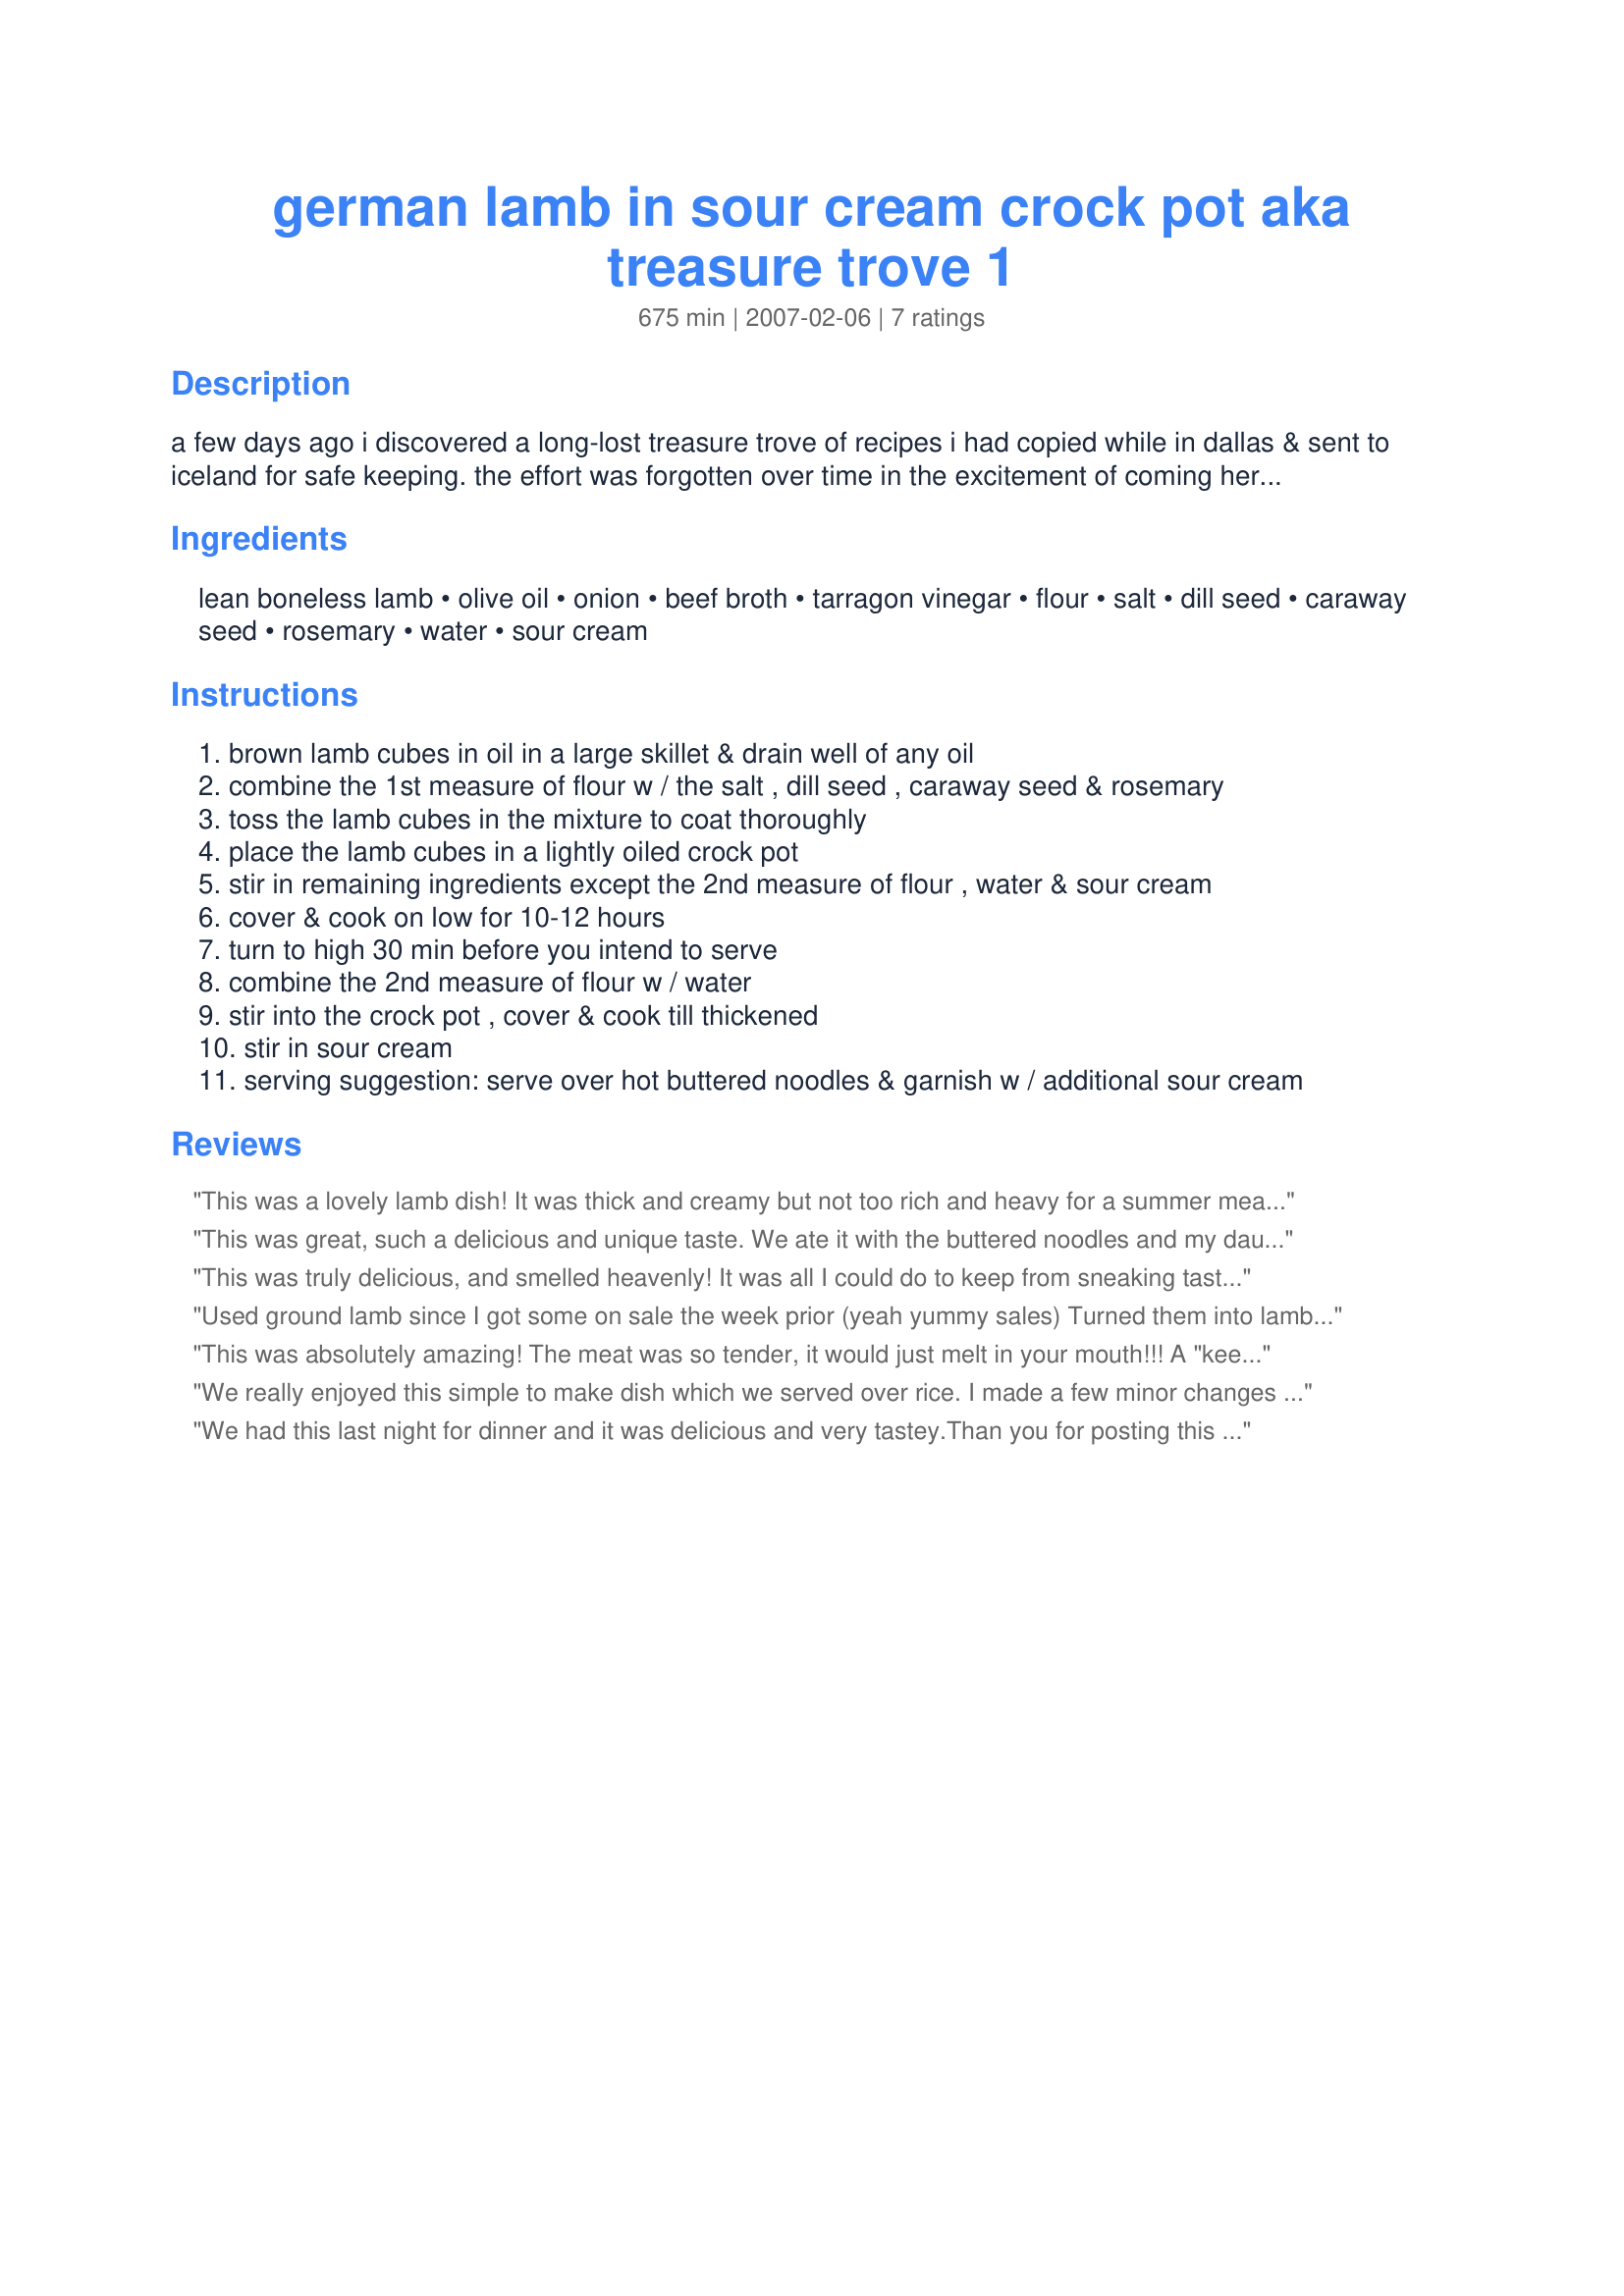
german lamb in sour cream crock pot aka treasure trove 1
Preparation time: 675 minutes

a few days ago i discovered a long-lost treasure trove of recipes i had copied while in dallas & sent to iceland for safe keeping. the effort was forgotten over time in the excitement of coming here & dh hid them so safely that it was nearly 4 yrs b4 i found them & realized what they were. in my pre-rz cooking phase, i used 3 main recipe sources. my best guess is this may have been a food network recipe & i will be guessing w/ea i enter. this is treasure trove #1 & was chosen because i love lamb, german fare & using my crock pot often. enjoy! (# of servings & times have been estimated)

Ingredients:
lean boneless lamb, olive oil, onion, beef broth, tarragon vinegar, flour, salt, dill seed, caraway seed, rosemary, water, sour cream

Steps:
brown lamb cubes in oil in a large skillet & drain well of any oil
combine the 1st measure of flour w / the salt , dill seed , caraway seed & rosemary
toss the lamb cubes in the mixture to coat thoroughly
place the lamb cubes in a lightly oiled crock pot
stir in remaining ingredients except the 2nd measure of flour , water & sour cream
cover & cook on low for 10-12 hours
turn to high 30 min before you intend to serve
combine the 2nd measure of flour w / water
stir into the crock pot , cover & cook till thickened
stir in sour cream
serving suggestion: serve over hot buttered noodles & garnish w / additional sour cream

Reviews:
This was a lovely lamb dish! It was thick and creamy but not too rich and heavy for a summer meal. No one flavour really overwhelmed any of the others. Made exactly as stated, and it got 5 stars from all five satisfied diners. Thanks so much twissis!
This was great, such a delicious and unique taste. We ate it with the buttered noodles and my daughter reckoned it was almost as good as lasagna!
This was truly delicious, and smelled heavenly! It was all I could do to keep from sneaking tastes throughout the day as it cooked. I made a couple of minor changes- first, I deglazed the skillet with hot water, then used that as part of the liquid. Second, I added the flour as well as the meat in step 2 to the crock, so there was no need for the flour and water mixture in step five. I served the sour cream separately at the table for each person to use as needed, but the stew was so good as is, that no one wanted any. Lastly, I only needed to cook this for 8 hours, as the lamb was falling apart tender at that point. Made for ZWT6.
Used ground lamb since I got some on sale the week prior (yeah yummy sales) Turned them into lamb meatballs. 1/2 the recipe for 2 and served over mashed potatoes. Yum Yum !! Made for ZWT 6.
This was absolutely amazing! The meat was so tender, it would just melt in your mouth!!! A "keeper" for sure! Thank you for sharing such a smashing recipe! XO LA :-)
We really enjoyed this simple to make dish which we served over rice. I made a few minor changes based on what I had which included using 4 beef bouillion cubes plus 1 1/2 cups water (instead of beef broth), using 1 teaspoon white vinegar plus threw in a bunch of fresh tarragon (out of tarragon vinegar), used dill weed instead of dill seeds, skipped the caraway seeds (out of)and used light sour cream. Although this seems like a lot of changes I think the dish was still basically the same - delicious! Thanks for sharing this keeper!
We had this last night for dinner and it was delicious and very tastey.Than you for posting this recipe
Diane
Sth aust
